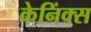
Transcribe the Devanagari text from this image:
केनिंक्स